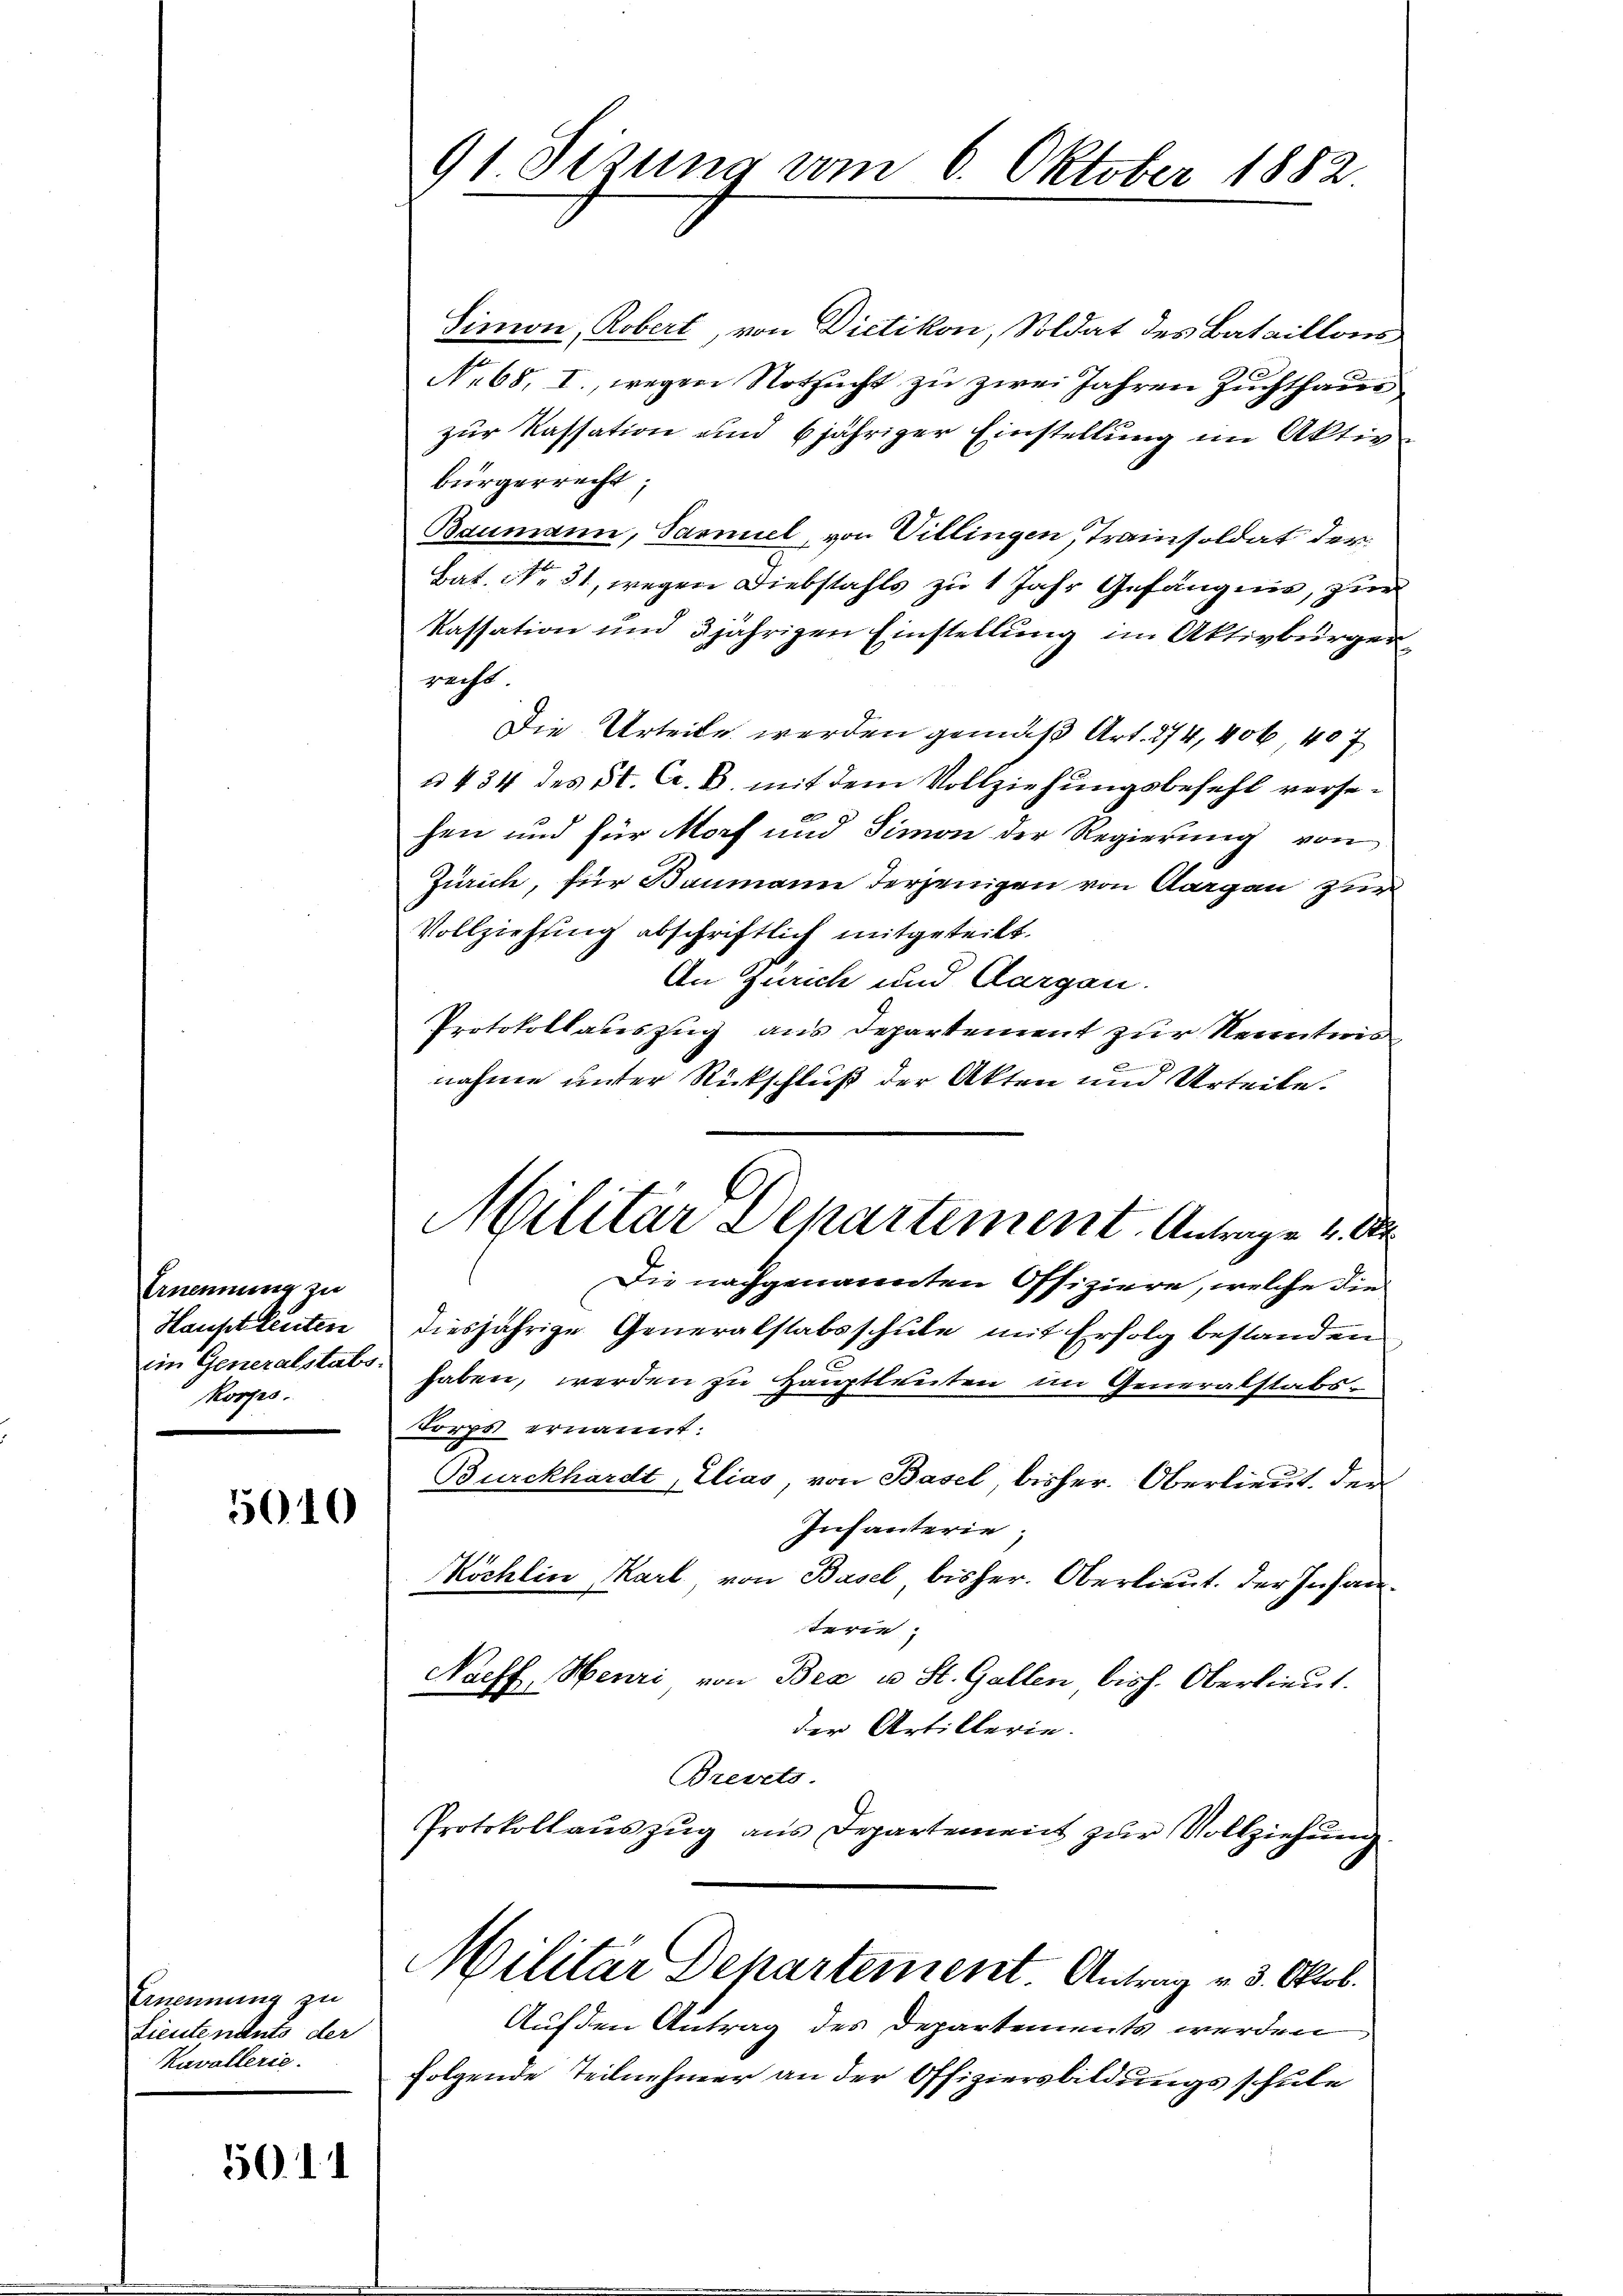
Ernennung zu
Hauptleuten
Korps.

5010

Ernennung zu
Lieutenants der
Kavallerie.

5011

Simon, Robert, von Dietikon, Soldat des Bataillons
No 68. I., wegen Notzucht zu zwei Jahren Zuchthaus
zur Kassation und 6 jähriger Einstellung im Aktivbürgerrecht,
Baumann, Sasmiel, von Villingen, Trainsoldat der
Bat. No 31, wegen Diebstahls zu 1 Jahr Gefängnis, zur
Kassation und 3 jährigen Einstellung im Aktivbürger
recht
Die Urteile werden gemäß Art. 274, 406, 407
u 434 des St. C. B. mit dem Vollziehungsbefehl versehen und für Morf und Simon der Regierung von
Zürich, für Baumann derjenigen von Aargau zur
Vollziehung abschriftlich mitgeteilt.
An Zürich und Aargau.
Protokollateszug aus Departement zur Kenntnis
nahme unter Rückschluß der Akten und Urteile.
Die nachgenannten Offiziere, welche die
diesjährige Generalstabsschule mit Erfolg bestanden
x
ii Generalstat haben, werden zu Hauptleuten im Generalstabsorps ernannt:
Burckhardt, Elias von Basel, bisher. Oberlieut. Der
Infanterie;
Köchlin Karl, von Basel bisher. Oberlieut. Der Insanterie
Nachf, Henri von Bea u St. Gallen, bish. Oberlieut.
der Artillerie.
Brevets.
Protokollauszug aus Departement zur Vollziehung
Militar Departement. Antrag v. 3. Oktob.
Auf den Antrag des Departements werden
folgende Teilnehmer an der Offiziersbildungsschule

91 Sizung vom 6. Oktober 1882

l
Militär Departement. Antrage 4. S